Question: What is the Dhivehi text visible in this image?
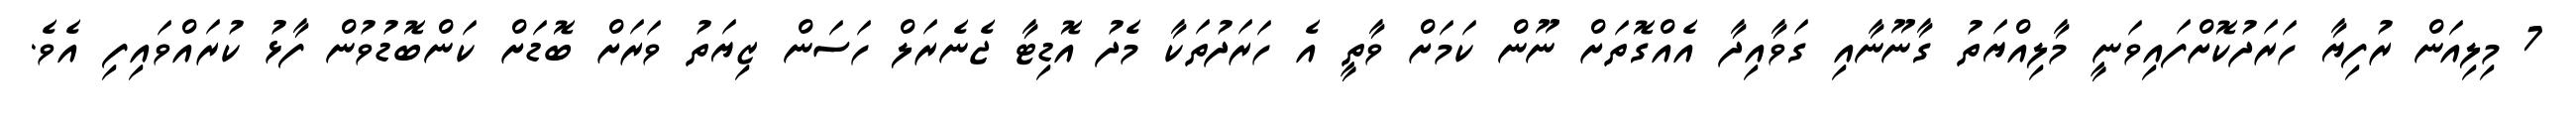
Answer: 7 މިލިއަން ރުފިޔާ ހަރަދުކޮށްފައިވަނީ މާލިއްޔަތު ގާނޫނާއި ގަވާއިދާ އެއްގޮތަށް ނޫން ކަމަށް ވާތީ އެ ހަރަދުތަކާ މެދު އޮޑިޓާ ޖެނެރަލް ހަސަން ޒިޔަތު ވަރަށް ބޮޑަށް ކަންބޮޑުވުން ފާޅު ކުރައްވައިފި އެވެ.